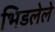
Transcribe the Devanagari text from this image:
भिडलेले